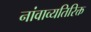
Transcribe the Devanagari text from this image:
नांवाव्यतिरिक्त